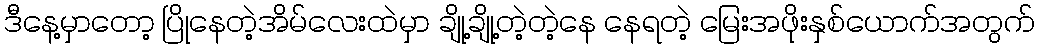
ဒီနေ့မှာတော့ ပြိုနေတဲ့အိမ်လေးထဲမှာ ချို့ချို့တဲ့တဲ့နေ နေရတဲ့ မြေးအဖိုးနှစ်ယောက်အတွက်